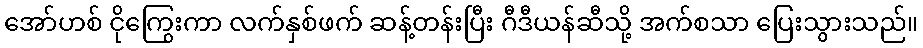
အော်ဟစ် ငိုကြွေးကာ လက်နှစ်ဖက် ဆန့်တန်းပြီး ဂီဒီယန်ဆီသို့ အက်စသာ ပြေးသွားသည်။